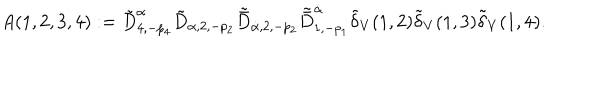
A ( 1 , 2 , 3 , 4 ) : = \tilde { D } _ { 4 , - p _ { 4 } } ^ { \alpha } \tilde { D } _ { \alpha , 2 , - p _ { 2 } } \tilde { \bar { D } } _ { \dot { \alpha } , 2 , - p _ { 2 } } \tilde { \bar { D } } _ { 1 , - p _ { 1 } } ^ { \dot { \alpha } } \tilde { \delta } _ { V } ( 1 , 2 ) \tilde { \delta } _ { V } ( 1 , 3 ) \tilde { \delta } _ { V } ( 1 , 4 ) .